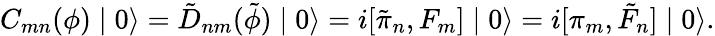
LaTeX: C_{mn}(\phi)\mid 0\rangle=\tilde{D}_{nm}(\tilde{\phi})\mid 0\rangle=i[\tilde{\pi}_{n},F_{m}]\mid 0\rangle=i[\pi_{m},\tilde{F}_{n}]\mid 0\rangle.